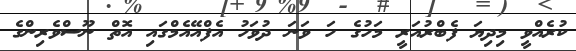
ކުރެއްވީ މިދިޔަ ފެބްރުއަރީ މަހުގެ ހަ ވަނަ ދުވަހު އެފްއޭއެމްގައި އޮތް ނޫސްވެރިންގެ